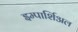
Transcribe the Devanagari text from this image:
इम्पार्शिअल